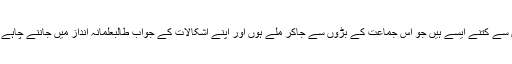
ہم میں سے کتنے ایسے ہیں جو اس جماعت کے بڑوں سے جاکر ملے ہوں اور اپنے اشکالات کے جواب طالبعلمانہ انداز میں جاننے چاہے ہوں ؟